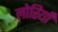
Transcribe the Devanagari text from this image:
लोरियाँ